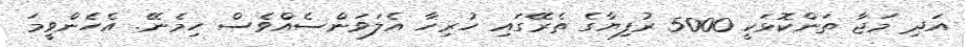
އަދި މަޖާ ތަންކޮޅަކީ 5000 ރުފިޔާގެ ތެރޭގައި ހުރިހާ އެލަވަންސެއްވެސް ހިމެނޭ. އެހެންވީމަ